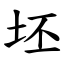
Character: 坯